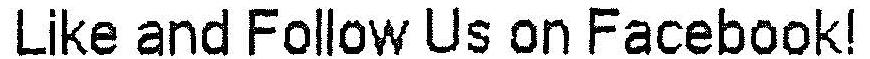
LIKE AND FOLLOW US ON FACEBOOK!